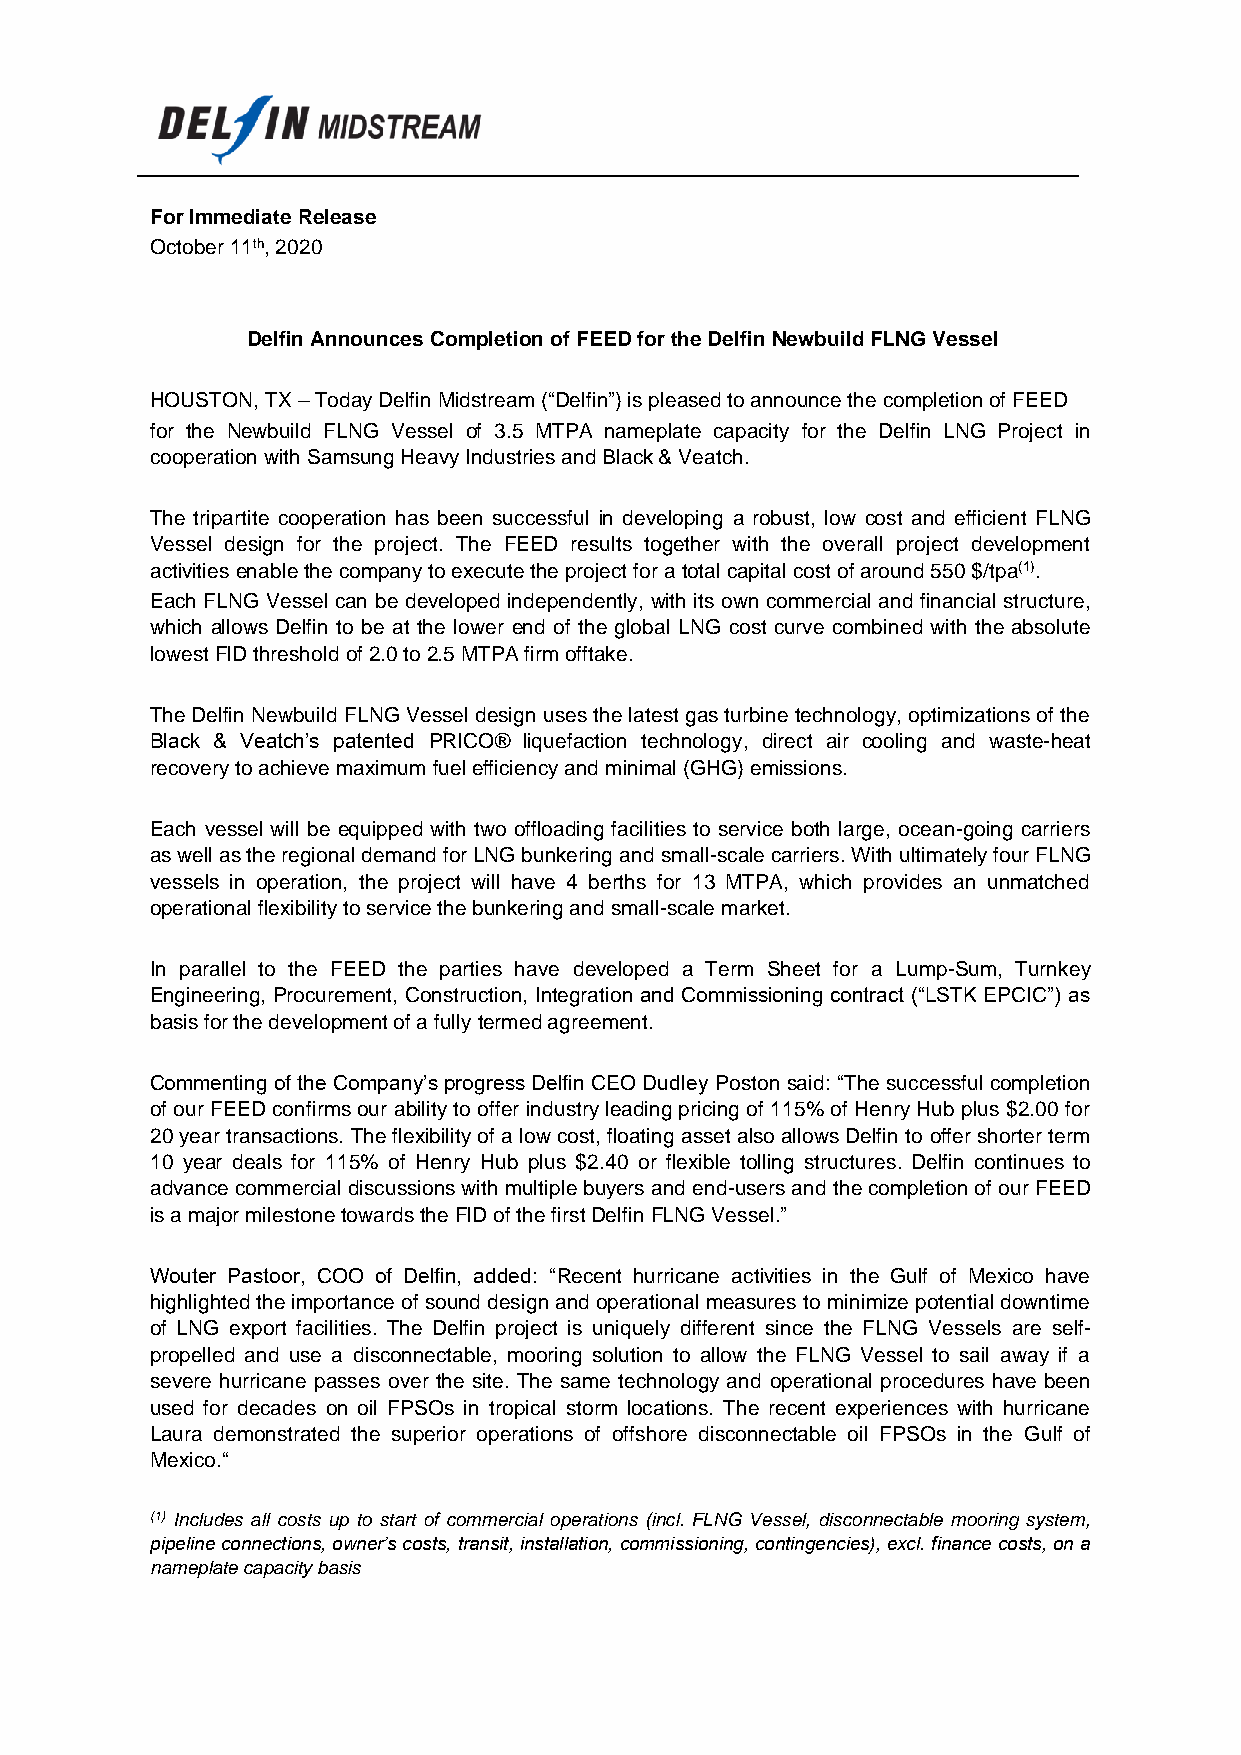
For Immediate Release
 October 11th, 2020
 Delfin Announces Completion of FEED for the Delfin Newbuild FLNG Vessel
 HOUSTON, TX – Today Delfin Midstream (“Delfin”) is pleased to announce the completion of FEED
 for the Newbuild FLNG Vessel of 3.5 MTPA nameplate capacity for the Delfin LNG Project in
 cooperation with Samsung Heavy Industries and Black & Veatch.
 The tripartite cooperation has been successful in developing a robust, low cost and efficient FLNG
 Vessel design for the project. The FEED results together with the overall project development
 activities enable the company to execute the project for a total capital cost of around 550 $/tpa(1).
 Each FLNG Vessel can be developed independently, with its own commercial and financial structure,
 which allows Delfin to be at the lower end of the global LNG cost curve combined with the absolute
 lowest FID threshold of 2.0 to 2.5 MTPA firm offtake.
 The Delfin Newbuild FLNG Vessel design uses the latest gas turbine technology, optimizations of the
 Black & Veatch’s patented PRICO® liquefaction technology, direct air cooling and waste-heat
 recovery to achieve maximum fuel efficiency and minimal (GHG) emissions.
 Each vessel will be equipped with two offloading facilities to service both large, ocean-going carriers
 as well as the regional demand for LNG bunkering and small-scale carriers. With ultimately four FLNG
 vessels in operation, the project will have 4 berths for 13 MTPA, which provides an unmatched
 operational flexibility to service the bunkering and small-scale market.
 In parallel to the FEED the parties have developed a Term Sheet for a Lump-Sum, Turnkey
 Engineering, Procurement, Construction, Integration and Commissioning contract (“LSTK EPCIC”) as
 basis for the development of a fully termed agreement.
 Commenting of the Company’s progress Delfin CEO Dudley Poston said: “The successful completion
 of our FEED confirms our ability to offer industry leading pricing of 115% of Henry Hub plus $2.00 for
 20 year transactions. The flexibility of a low cost, floating asset also allows Delfin to offer shorter term
 10 year deals for 115% of Henry Hub plus $2.40 or flexible tolling structures. Delfin continues to
 advance commercial discussions with multiple buyers and end-users and the completion of our FEED
 is a major milestone towards the FID of the first Delfin FLNG Vessel.”
 Wouter Pastoor, COO of Delfin, added: “Recent hurricane activities in the Gulf of Mexico have
 highlighted the importance of sound design and operational measures to minimize potential downtime
 of LNG export facilities. The Delfin project is uniquely different since the FLNG Vessels are self-
 propelled and use a disconnectable, mooring solution to allow the FLNG Vessel to sail away if a
 severe hurricane passes over the site. The same technology and operational procedures have been
 used for decades on oil FPSOs in tropical storm locations. The recent experiences with hurricane
 Laura demonstrated the superior operations of offshore disconnectable oil FPSOs in the Gulf of
 Mexico.“
 (1) Includes all costs up to start of commercial operations (incl. FLNG Vessel, disconnectable mooring system,
 pipeline connections, owner’s costs, transit, installation, commissioning, contingencies), excl. finance costs, on a
 nameplate capacity basis